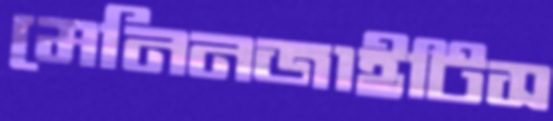
মেনিনজাইটিস